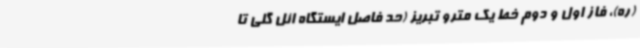
(ره)، فاز اول و دوم خط یک مترو تبریز (حد فاصل ایستگاه ائل گلی تا